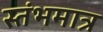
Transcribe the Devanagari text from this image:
स्तंभमात्र